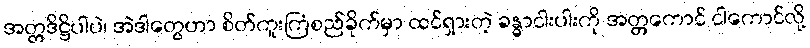
အတ္တဒိဋ္ဌိပါပဲ၊ အဲဒါတွေဟာ စိတ်ကူးကြံစည်ခိုက်မှာ ထင်ရှားတဲ့ ခန္ဓာငါးပါးကို အတ္တကောင် ငါကောင်လို့